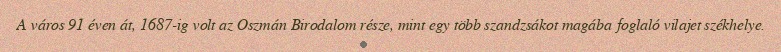
A város 91 éven át, 1687-ig volt az Oszmán Birodalom része, mint egy több szandzsákot magába foglaló vilajet székhelye.